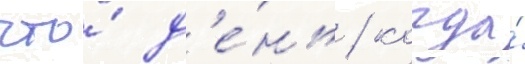
что́ д'е́нь / когда́